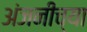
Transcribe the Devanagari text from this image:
अंजनीच्या